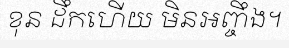
ខុន ដឹកហើយ មិនអញ្ចឹង។